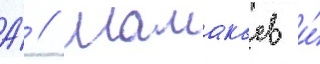
А́ // Мамакаев и́